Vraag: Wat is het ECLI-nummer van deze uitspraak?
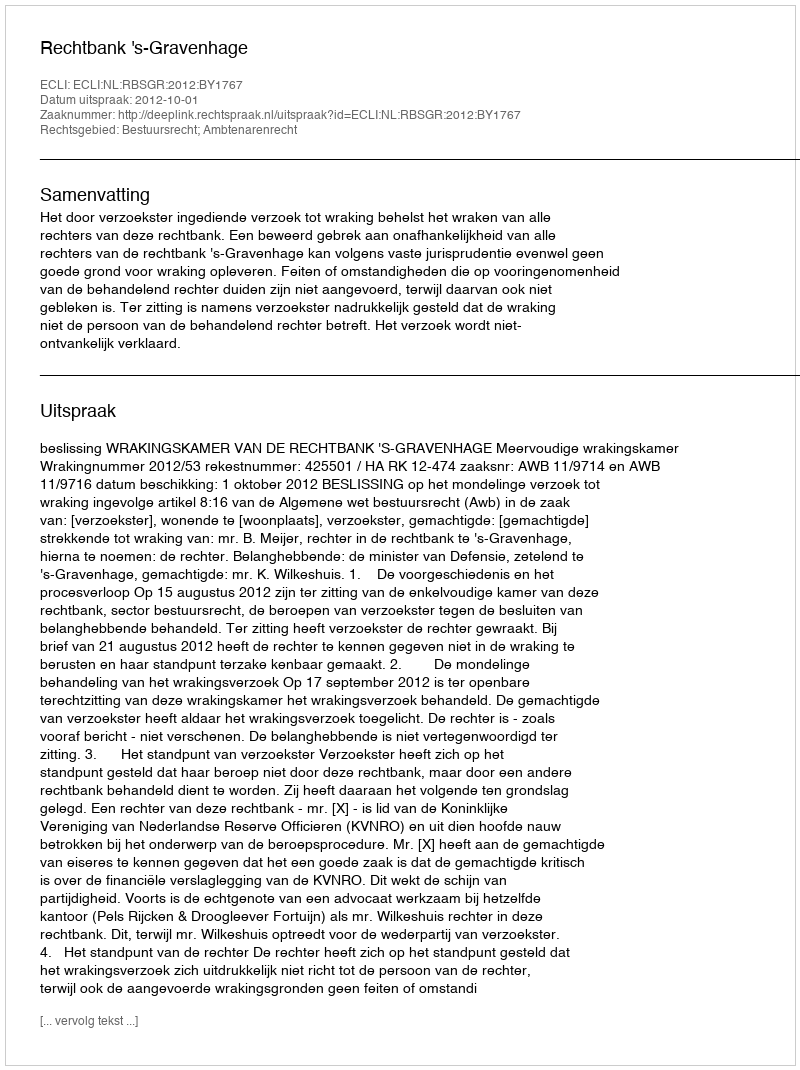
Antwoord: ECLI:NL:RBSGR:2012:BY1767